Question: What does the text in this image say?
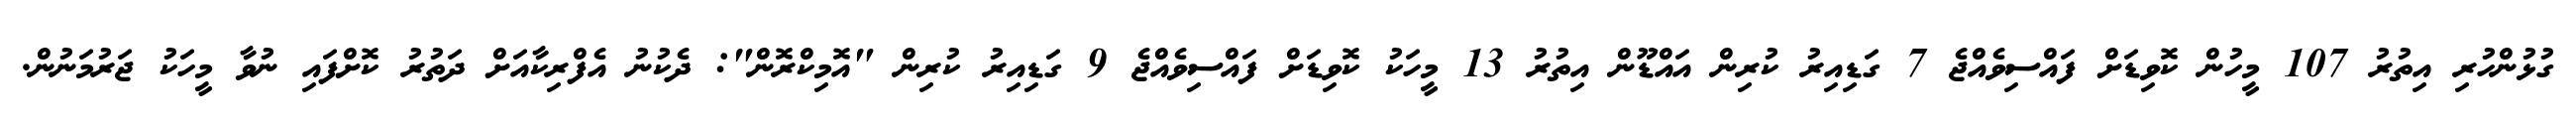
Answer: ގުޅުންހުރި އިތުރު 107 މީހުން ކޮވިޑަށް ފައްސިވެއްޖެ 7 ގަޑިއިރު ކުރިން އައްޑޫން އިތުރު 13 މީހަކު ކޮވިޑަށް ފައްސިވެއްޖެ 9 ގަޑިއިރު ކުރިން "އޮމިކްރޮން": ދެކުނު އެފްރިކާއަށް ދަތުރު ކޮށްފައި ނުވާ މީހަކު ޖަރުމަނުން.